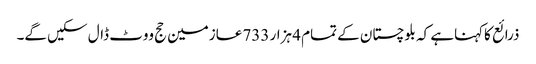
ذرائع کاکہناہے کہ بلوچستان کے تمام 4 ہزار 733 عازمین حج ووٹ ڈال سکیں گے۔